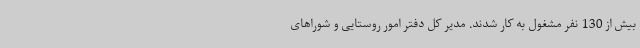
بیش از 130 نفر مشغول به کار شدند. مدیر کل دفتر امور روستایی و شوراهای